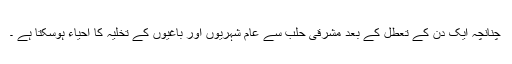
چنانچہ ایک دن کے تعطل کے بعد مشرقی حلب سے عام شہریوں اور باغیوں کے تخلیہ کا احیاء ہوسکتا ہے ۔